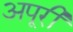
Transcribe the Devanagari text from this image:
अपूरी